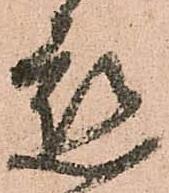
懇